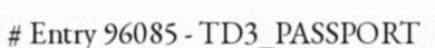
# Entry 96085 - TD3_PASSPORT